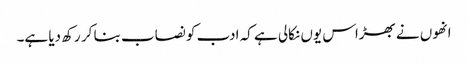
انھوں نے بھڑاس یوں نکالی ہے کہ ادب کو نصاب بنا کر رکھ دیا ہے۔